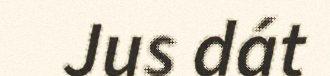
Jus dát